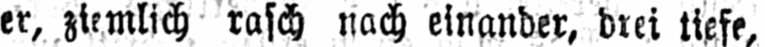
er, ziemlich rasch nach einander, drei tiefe,